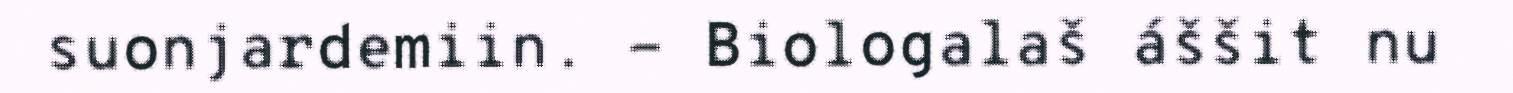
suonjardemiin. - Biologalaš áššit nu